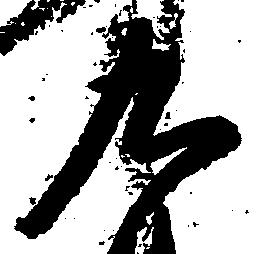
九